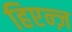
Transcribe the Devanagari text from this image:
हिएन्ज़